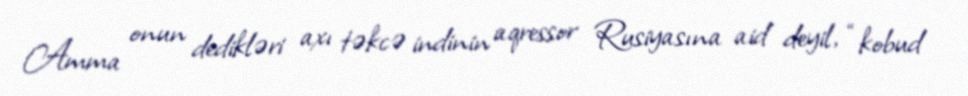
Amma onun dedikləri axı təkcə indinin aqressor Rusiyasına aid deyil, “kobud